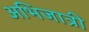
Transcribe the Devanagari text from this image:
अभिजात्री